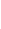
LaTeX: u\! \! \! \! \! \! \! \! \! \! \! \! =\! \! \! \! \! \! \! \! \! \! \! \! -\! \! \! \! \! \! \! \! \! \! \! \! 1\! \! \! \! \! \! \! \! \! \! \! \! \! \! \! \! \! \! \! \! \! \! \! \! +\! \! \! \! \! \! \! \! \! \! \! \! \! \! \! \! \! \! \! \! \! \! \! \! \phi\! \! \! \! \! \! \! \! \! \! \! \! (\! \! \! \! \! \! \! \! \! \! \! \! -\! \! \! \! \! \! \! \! \! \! \! \! 1\! \! \! \! \! \! \! \! \! \! \! \! \! \! \! \! \! \! \! \! \! \! \! \! +\! \! \! \! \! \! \! \! \! \! \! \! \! \! \! \! \! \! \! \! \! \! \! \! 2\! \! \! \! \! \! \! \! \! \! \! \! s\! \! \! \! \! \! \! \! \! \! \! \! )\! \! \! \! \! \! \! \! \! \! \!